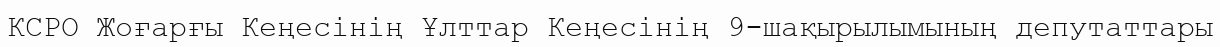
КСРО Жоғарғы Кеңесінің Ұлттар Кеңесінің 9-шақырылымының депутаттары